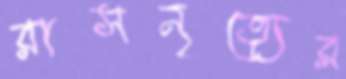
রাসনৃত্যের